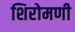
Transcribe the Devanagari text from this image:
शिरोमणी